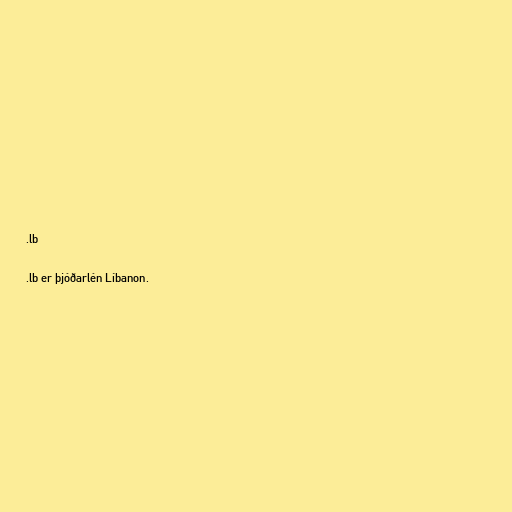
.lb

.lb er þjóðarlén Líbanon.